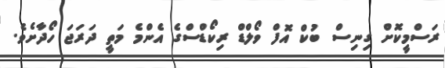
ރަސްމީކޮށް ގިނިސް ބުކް އޮފް ވޯލްޑް ރިކޯޑްސްގެ އެންމެ މަތީ ދަރަޖަ ހޯދާށެވެ.